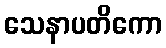
သေနာပတိကော